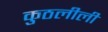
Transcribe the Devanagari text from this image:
कुठलीली